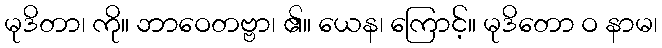
မုဒိတာ၊ ကို။ ဘာဝေတဗ္ဗာ၊ ၏။ ယေန၊ ကြောင့်။ မုဒိတော ဝ နာမ၊